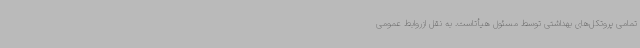
تمامی پروتکل‌های بهداشتی توسط مسئول هیأتاست. به نقل ازروابط عمومی